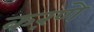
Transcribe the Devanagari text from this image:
कऱणे